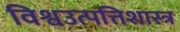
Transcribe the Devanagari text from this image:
विश्वउत्पत्तिशास्त्र